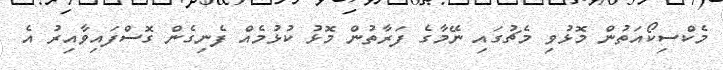
މެކްސިކޯއަތުން މޮޅުވި މެޗުގައި ނޭމާގެ ފަަރާތުން މޮޅު ކުޅުމެއް ފެނިގެން ގޮސްފައިވާއިރު އެ